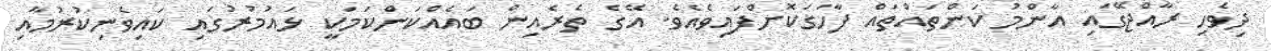
ދިވެހި ރާއްޖޭގައި އާންމު ކަންތައްތައް ފާހަގަކޮށްފައިވެއެވެ. އޭގެ ތެރެއިން ބައެއްކަންކަމަކީ ޅައުމުރުގައި ކައިވެނިކުރުމާއި